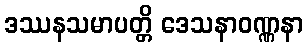
ဒဿနသမာပတ္တိ ဒေသနာဝဏ္ဏနာ